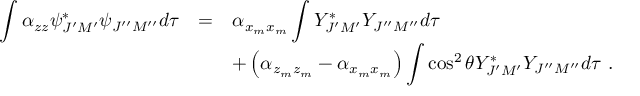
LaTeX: \begin{array} { r c l } { { \displaystyle \int \alpha _ { z z } { \psi } _ { J ^ { \prime } M ^ { \prime } } ^ { \ast } { \psi } _ { J ^ { \prime \prime } M ^ { \prime \prime } } d \tau } } & { { = } } & { { \alpha _ { x _ { m } x _ { m } } \displaystyle \int Y _ { J ^ { \prime } M ^ { \prime } } ^ { \ast } Y _ { J ^ { \prime \prime } M ^ { \prime \prime } } d \tau } } \\ { { } } & { { } } & { { + \left( \alpha _ { z _ { m } z _ { m } } - \alpha _ { x _ { m } x _ { m } } \right) \displaystyle \int \cos ^ { 2 } \theta Y _ { J ^ { \prime } M ^ { \prime } } ^ { \ast } Y _ { J ^ { \prime \prime } M ^ { \prime \prime } } d \tau ~ . } } \end{array}